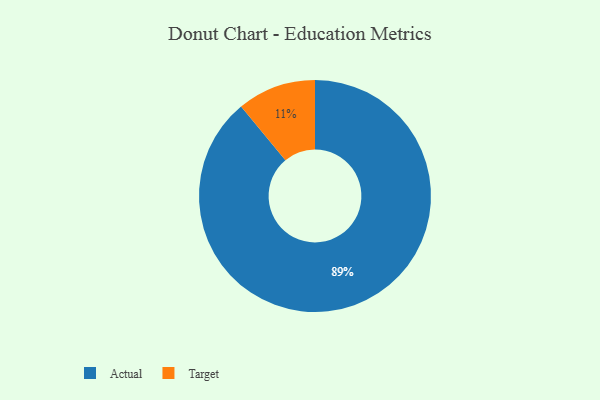
{"axis": {"x": "Category", "y": "Percentage"}, "legend": ["Actual", "Target"], "data": [{"x": "Target", "y": 11, "type": "Target"}, {"x": "Actual", "y": 89, "type": "Actual"}]}